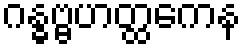
ဂန္ဓဗ္ဗဟတ္ထကေန